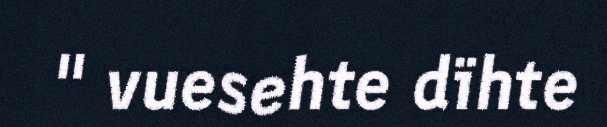
" vuesehte dïhte